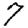
Digit: 7